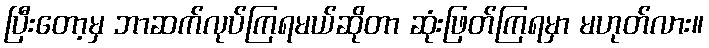
ပြီးတော့မှ ဘာဆက်လုပ်ကြရမယ်ဆိုတာ ဆုံးဖြတ်ကြရမှာ မဟုတ်လား။